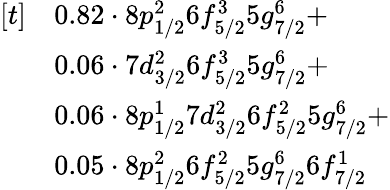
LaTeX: \begin{array}{rl}{[t]}&{0.82\cdot 8p_{1/2}^{2}6f_{5/2}^{3}5g_{7/2}^{6}+}\\ &{0.06\cdot 7d_{3/2}^{2}6f_{5/2}^{3}5g_{7/2}^{6}+}\\ &{0.06\cdot 8p_{1/2}^{1}7d_{3/2}^{2}6f_{5/2}^{2}5g_{7/2}^{6}+}\\ &{0.05\cdot 8p_{1/2}^{2}6f_{5/2}^{2}5g_{7/2}^{6}6f_{7/2}^{1}}\end{array}